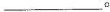
___.